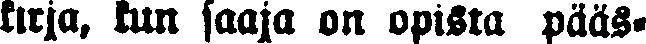
krija, kun saaja on opista pääs-